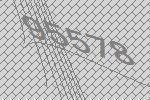
95578